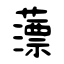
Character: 薸